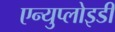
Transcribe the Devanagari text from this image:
एन्युप्लोइडी